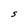
Character: S